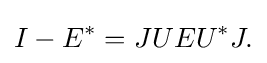
\displaystyle {I-E^{*}=JUEU^{*}J.}